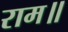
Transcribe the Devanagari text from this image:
राम॥